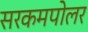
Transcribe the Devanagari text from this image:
सरकमपोलर